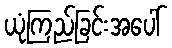
ယုံကြည်ခြင်းအပေါ်